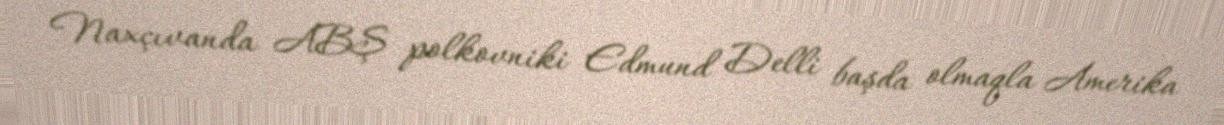
Naxçıvanda ABŞ polkovniki Edmund Delli başda olmaqla Amerika